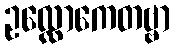
ဥလ္လောကေတဗ္ဗာ